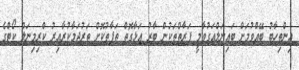
އިންތިހާބު ބޭއްވުމަށް ބައިނަލްއަގުވާމީ ފަރާތްތަކުން ބާރު އަޅާގޮތް ތަފާތުކޮށް ތަރުޖަމާކުރާއިރު ކްރިމިނަލް ކޯޓްގެ